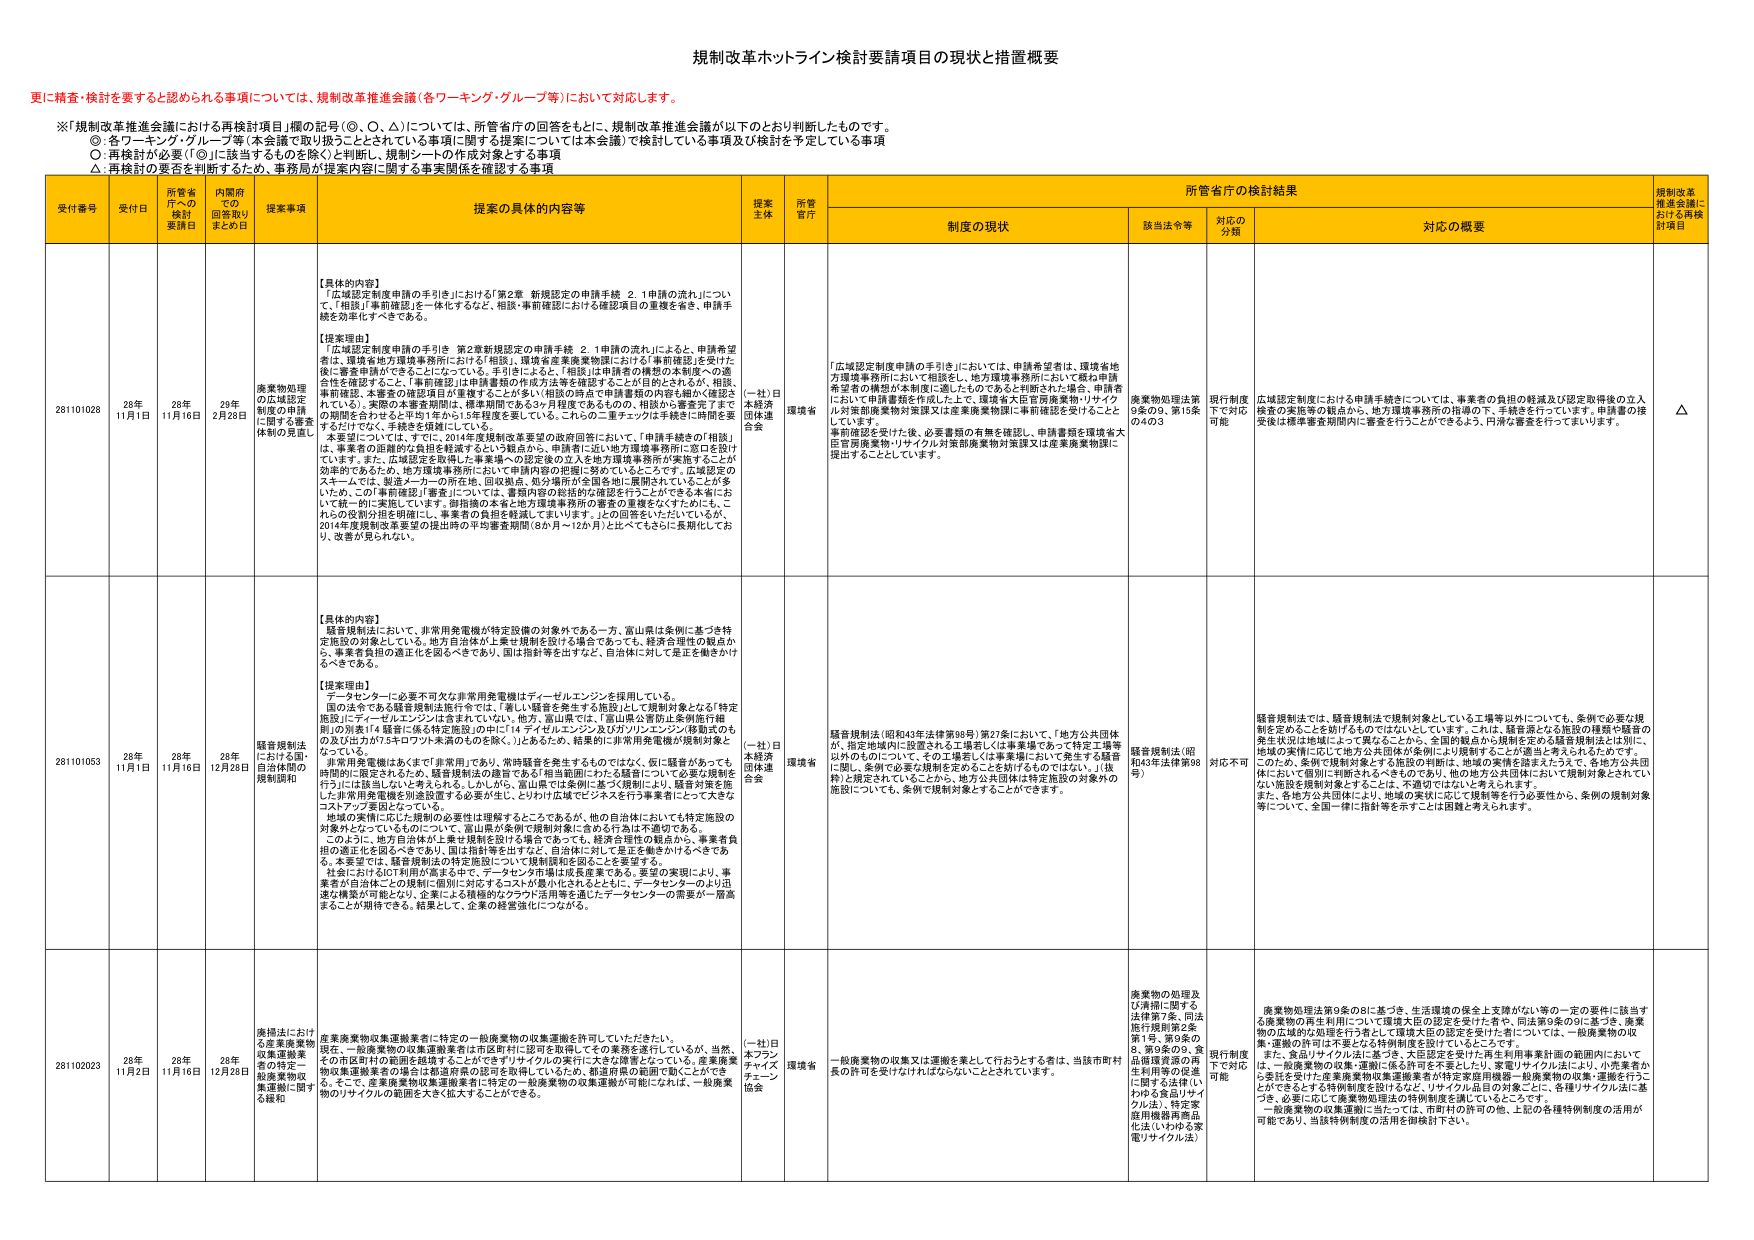
規制改革ホットライン検討要請項目の現状と措置概要

更に精査・検討を要すると認められる事項については、規制改革推進会議（各ワーキンググループ等）において対応します。

※「規制改革推進会議における再検討項目」欄の記号（○、◎、△）については、所管省庁の回答をもとに、規制改革推進会議が以下のとおり判断したものです。
○：各ワーキンググループ等（本会議で取り扱うこととされている事項に関する提案については本会議）で検討している事項及び検討を予定している事項
◎：再検討が必要（「◎」に該当するものと除く）と判断し、規制シートの作成対象とする事項
△：再検討の要否を判断するため、事務局が提案内容に関する事実関係を確認する事項

受付番号 受付日 所管省庁への検討要請日 内閣府での回答取りまとめ日 提案事項 提案の具体的内容等 提案主体 所管省庁 所管省庁の検討結果 規制改革推進会議における再検討項目
制度の現状 該当法令等 対応の分類 対応の概要

281101028 28年11月1日 28年11月16日 29年2月28日 廃棄物処理の広域認定制度の申請に関する審査体制の見直し 【具体的な内容】
「広域認定制度申請の手引き」における「第2章 新規認定の申請手続 2.1申請の流れ」について、「相談」「事前確認」を一体化するなど、相談・事前確認における確認項目の重複を省き、申請手続きを効率化すべきである。

【提案理由】
「広域認定制度申請の手引き 第2章新規認定の申請手続 2.1申請の流れ」によると、申請希望者は、環境省地方環境事務所における「相談」、環境省産業廃棄物課における「事前確認」を受けた後に審査申請ができることになっている。手引きによると、「相談」は申請者の構想の本質的・の適合性を確認すること、「事前確認」は申請書類の作成方法等を確認することと目的がされているが、相談・事前確認、本審査の確認項目が重複することが多い。相談の時点で申請書類の内容も確か（確認）されている。実際の本審査期間は、標準期間である3ヶ月程度であるものの、相談から審査完了までの期間を合わせると平均1年から1.5年程度を要している。これらの二重チェックは手続きに時間を要するだけでなく、手続きを困難にしている。
本要望については、すでに、2014年度規制改革要望の政府回答において、「申請手続きの「相談」は、事業者の困難的な負担を軽減するという観点から、申請者に近い地方環境事務所に窓口を設けています。また、広域認定を取得した事業者への認定後の立入を地方環境事務所が実施することが効率的であるため、地方環境事務所において申請内容の把握に努めているところです。広域認定のスキームでは、製造メーカーの所在地、回収拠点、処分場所が全国各地に展開されていることが多いため、この「事前確認」「審査」については、書類内容の総括的な確認を行うことができるように、一括して統一的に実施しています。御指摘の本省と地方環境事務所の審査の重複をなくすためにも、これらの役割分担を明確にし、事業者の負担を軽減してまいります。」との回答をいただいていたが、2014年度規制改革要望の提出時の平均審査期間（8か月～12か月）と比べてさらに長期化しており、改善が見られない。
（一社）日本経済団体連合会 環境省 「広域認定制度申請の手引き」においては、申請希望者は、環境省地方環境事務所において相談をし、地方環境事務所において概ね申請希望者の構想が本制度に適したものであると判断された場合、申請者に応じて申請書類を作成した上で、環境省大臣官房廃棄物・リサイクル対策関係業務対策課又は産業廃棄物課に事前確認を受けることとしています。
事前確認を受けた後、必要書類の有無を確認し、申請書類を環境省大臣官房廃棄物・リサイクル対策部廃棄物対策課又は産業廃棄物課に提出することとしています。
廃棄物処理法第3条の2、第15条の4の3 既存制度下で対応可能 広域認定制度における申請手続きについては、事業者の負担の軽減及び認定取得後の立入検査の実施等の観点から、地方環境事務所の指導の下、手続を行っています。申請書の接受後は標準審査期間内に審査を行うことができるよう、円滑な審査を行ってまいります。 △

281101053 28年11月1日 28年11月16日 28年12月28日 騒音規制法における国・自治体間の規制調和 【具体的な内容】
騒音規制法において、非常用発電機が特定設備の対象外である一方、富山県は条例に基づき特定施設の対象としている。地方自治体が上乗せ規制を設ける場合であっても、経済合理性の観点から、事業者負担の適正化を図るべきであり、国は指針等を出すなど、自治体に対して是正を働きかけるべきである。

【提案理由】
データセンターに必要不可欠な非常用発電機はディーゼルエンジンを採用している。
国の法令である騒音規制法施行令では、「著しい騒音を発生する施設」として規制対象となる「特定施設」に「ディーゼルエンジンは含まれていない。他方、富山県では、「富山県公害防止条例施行細則」の別表14「騒音に係る特定施設」の中に「4 ディーゼルエンジン及びガソリンエンジン移動式のもの及びほかガソキロブツル未満のものを除く。」とあるため、結果的に非常用発電機が規制対象となっている。
非常用発電機はあくまで「非常用」であり、常時騒音を発生するものではない。仮に騒音があっても時間的に限定されるため、騒音規制法の趣旨である「相当範囲における騒音について必要な規制を行う」には該当しないと考えられる。したがい、富山県では条例に基づく規制により、騒音対策を施した非常用発電機を別途設置する必要が生じ、とりわけ区域でビジネスを行う事業者にとって大きなコストアップ要因となっている。
地域の実情に応じた規制の必要性は理解するところであるが、他の自治体においても特定施設の対象外となっているものについて、富山県が条例で規制対象に含める行為は不適切である。
このように、地方自治体が上乗せ規制を設ける場合であっても、経済合理性の観点から、事業者負担の適正化を図るべきであり、国は指針等を出すなど、自治体に対して是正を働きかけるべきである。本要望では、騒音規制法の特定施設について規制緩和を図ることを要望する。
社会におけるICT利用が拡大する中で、データセンターや市場は成長産業である。要望の実現により、事業者が自治体ごとの規制に個別に対応するコストが最小化されるとともに、データセンターのより迅速な構築が可能となり、企業による積極的なクラウド活用等を通じたデータセンターの需要が一層高まることが期待できる。結果として、企業の経営強化につながる。
（一社）日本経済団体連合会 環境省 騒音規制法（昭和43年法律第98号）第27条において、「地方公共団体が、指定地域内に設置される工場若しくは事業場であって特定工場等以外のものについて、その工場若しくは事業場において発生する騒音に係し、条例で必要な規制を定めることを妨げるものではない。」（抜粋）と規定されていることから、地方公共団体は特定施設の対象外の施設についても、条例で規制対象とすることが可能です。
騒音規制法（昭和43年法律第98号） 対応不可 騒音規制法では、騒音規制法で規制対象としている工場等以外についても、条例で必要な規制を定めることを妨げるものではないとしています。これは、騒音源となる施設の種類や騒音の発生状況は地域によって異なることから、全国的観点から規制を定める騒音規制法とは別に、地域の実情に応じて地方公共団体が条例により規制することが適当と考えられるためです。
このため、条例で規制対象とする施設の判断は、地域の実情を踏まえたうえで、各地方公共団体において個別に判断されるべきものであり、他の地方公共団体において規制対象とされていない施設を規制対象とすることは、不適切ではないと考えられます。
また、各地方公共団体により、地域の実状に応じて規制等を行う必要性から、条例の規制対象等について、全国一律に指針等を示すことは困難と考えられます。

281102023 28年11月2日 28年11月16日 28年12月28日 廃掃法における産業廃棄物収集運搬業者の特定-収集運搬業の規制緩和に関する緩和 産業廃棄物収集運搬業者に特定の一般廃棄物の収集運搬を許可していただきたい。
現在、一般廃棄物の収集運搬業者は市役所に認可を取得してその業務を遂行しているが、当然、その市役所付の範囲を越境することに「電子リサイクルの実行に大きな障害となっている。産業廃棄物収集運搬業者の場合は都道府県の認可を取得しているため、都道府県の範囲で動くことができる。そこで、産業廃棄物収集運搬業者に特定の一般廃棄物の収集運搬が可能になれば、一般廃棄物のリサイクルの範囲を大きく拡大することができる。
（一社）日本フランチャイズチェーン協会 環境省 一般廃棄物の収集又は運搬を業として行おうとする者は、当該市町村長の許可を受けなければならないこととされています。
廃棄物の処理及び清掃に関する法律第7条、同法施行規則第2条第1号、第9条の8、第9条の9、産業廃棄物の再生利用等の促進に関する法律（以下「再生品リサイクル法」）、特定家庭用機器再商品化法（いわゆる家電リサイクル法） 既存制度下で対応可能 廃棄物処理法第9条の8に基づき、生活環境の保全上支障がない等の一定の要件に該当する廃棄物の再生利用について環境大臣の認定を受けた者や、同法第9条の9に基づき、廃棄物の広域的な処理を行う者として環境大臣の認定を受けた者については、一般廃棄物の収集・運搬の許可は不要となる特例制度を設けているところです。
また、食品リサイクル法に基づき、大臣認定を受けた再生利用事業計画の範囲内においては、一般廃棄物の収集・運搬に係る許可を不要としたり、家電リサイクル法により、小売業者から委託を受けた産業廃棄物収集運搬業者が特定家庭用機器一般廃棄物の収集・運搬を行うことができるとする特例制度を設けるなど、リサイクル品目の対象ごとに、各種リサイクル法に基づき、必要に応じて廃棄物処理法の特例制度を講じているところです。
一般廃棄物の収集運搬に当たっては、市町村の許可の他、上記の各種特例制度の活用が可能であり、当該特例制度の活用を御検討下さい。